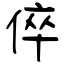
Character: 倅